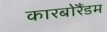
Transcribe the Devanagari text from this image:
कारबोरैंडम